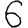
Digit: 6